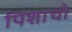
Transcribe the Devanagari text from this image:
पिशाचो